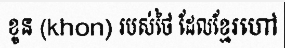
ខូន (khon) របស់ថៃ ដែលខ្មែរហៅ